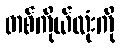
တစ်ကိုယ်လုံးကို